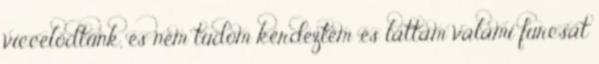
viccelődtünk, és nem tudom kérdeztem .és láttam valami furcsát